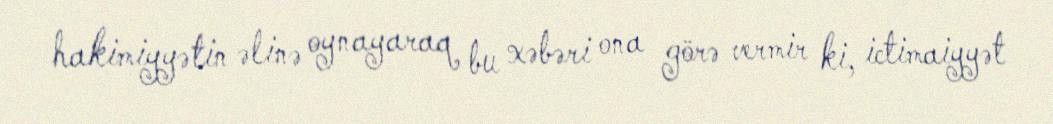
hakimiyyətin əlinə oynayaraq bu xəbəri ona görə vermir ki, ictimaiyyət